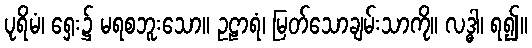
ပုရိမံ၊ ရှေး၌ မရစဘူးသော။ ဥဠာရံ၊ မြတ်သောချမ်းသာကို။ လဒ္ဓါ၊ ရ၍။